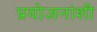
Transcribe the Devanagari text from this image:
प्रयोजनांशी